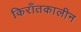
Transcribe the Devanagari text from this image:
किराँतकालीन